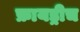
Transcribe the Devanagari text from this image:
फ्रायड्रीच